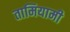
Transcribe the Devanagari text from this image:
तामियामी